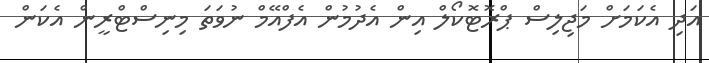
އަދި އެކަމަށް މަޖިލިސް ޕްރޮޓޮކޯލް އިން އެދުމުން އެފްއޭމް ނުވަތަ މިނިސްޓްރީން އެކަން